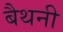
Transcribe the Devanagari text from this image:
बैथनी